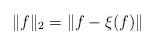
LaTeX: \begin{align*}\|f\|_2=\|f-\xi(f)\|\end{align*}